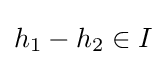
h_{1}-h_{2}\in I